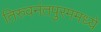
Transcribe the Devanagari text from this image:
तिरुवनंतपुरममध्ये